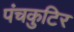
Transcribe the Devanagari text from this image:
पंचकुटिर